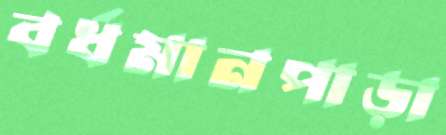
বর্ধমানপাড়া